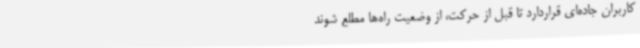
کاربران جاده‌ای قراردارد تا قبل از حرکت، از وضعیت راه‌ها مطلع شوند